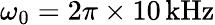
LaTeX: \omega_{0}=2\pi\times 10\, \mathrm{kHz}